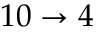
1 0 \rightarrow 4